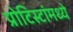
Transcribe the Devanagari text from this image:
प्रोटिस्टांमध्ये